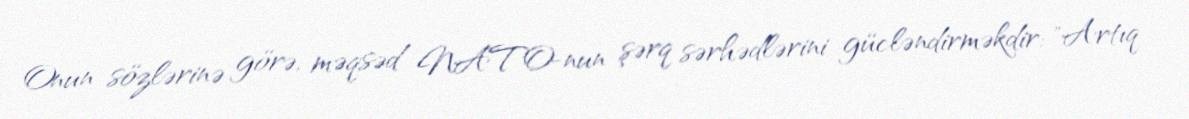
Onun sözlərinə görə, məqsəd NATO-nun şərq sərhədlərini gücləndirməkdir: "Artıq